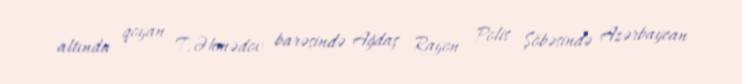
altında qoyan T.Əhmədov barəsində Ağdaş Rayon Polis Şöbəsində Azərbaycan